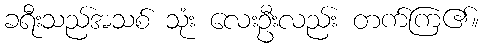
ခရီးသည်အသစ် သုံး လေးဦးလည်း တက်ကြ၏။